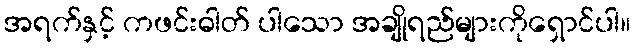
အရက်နှင့် ကဖင်းဓါတ် ပါသော အချိုရည်များကိုရှောင်ပါ။